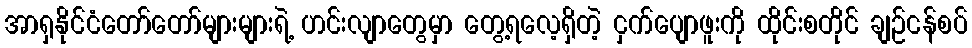
အာရှနိုင်ငံတော်တော်များများရဲ့ ဟင်းလျာတွေမှာ တွေ့ရလေ့ရှိတဲ့ ငှက်ပျောဖူးကို ထိုင်းစတိုင် ချဉ်ငန်စပ်